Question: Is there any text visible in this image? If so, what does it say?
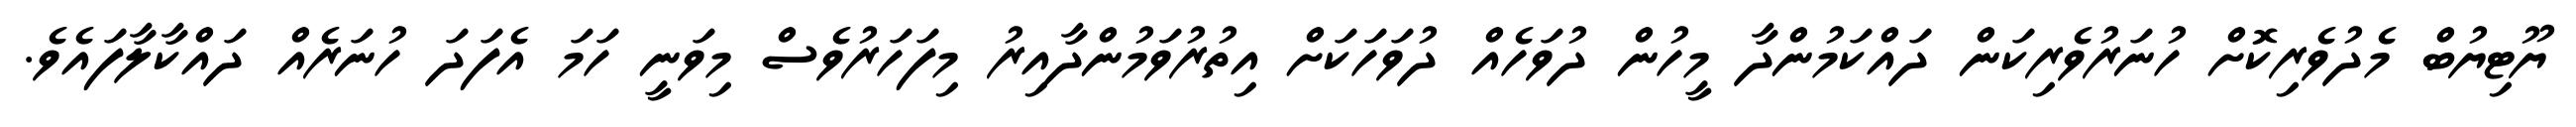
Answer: ޔޫޓިޔުބް މެދުވެރިކޮށް ހުނަރުވެރިކަން ދައްކަމުންދާ މީހުން ދުވަހެއް ދުވަހަކަށް އިތުރުވަމުންދާއިރު މިފަހަރުވެސް މިވަނީ ހަމަ އެފަދަ ހުނަރެއް ދައްކާލާފައެވެ.